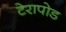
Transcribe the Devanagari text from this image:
टेरापोड